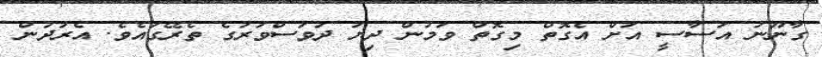
ގާނޫނު އަސާސީ އަށް އެގޮތް މިގޮތް ވަމުން ދިޔަ ދުވަސްވަރުގެ ތެރޭގައެވެ. އެރަދުން